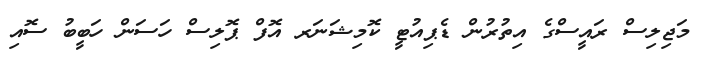
މަޖިލިސް ރައީސްގެ އިތުރުން ޑެޕިއުޓީ ކޮމިޝަނަރ އޮފް ޕޮލިސް ހަސަން ހަބީބު ސޮއި